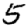
Digit: 5